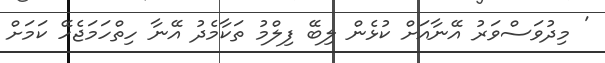
' މިދުވަސްވަރު އޭނާއަށް ކުޅެން ލިބޭ ފިލްމު ތަކާމެދު އޭނާ ހިތްހަމަޖެހޭ ކަމަށް